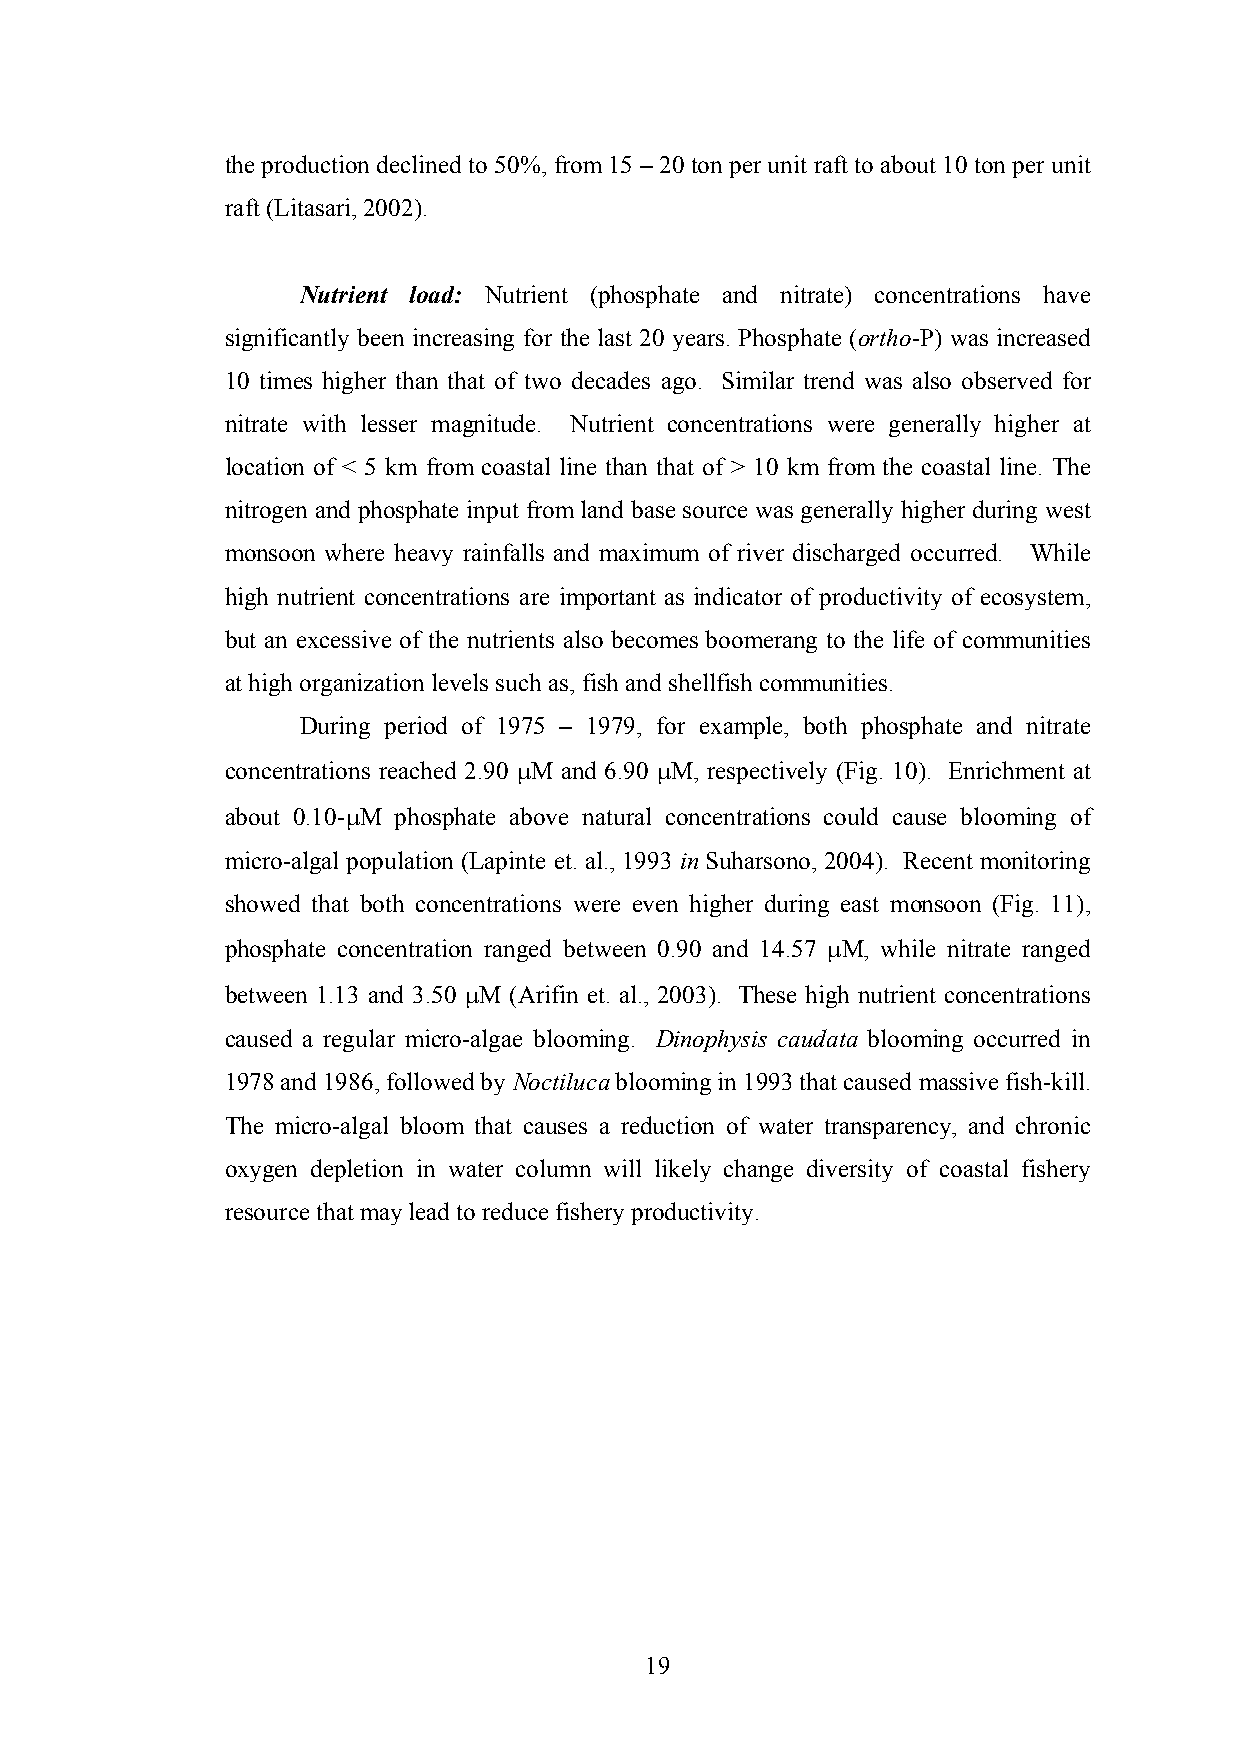
the production declined to 50%, from 15 – 20 ton per unit raft to about 10 ton per unit
 raft (Litasari, 2002).
 Nutrient load: Nutrient (phosphate and nitrate) concentrations have
 significantly been increasing for the last 20 years. Phosphate (ortho-P) was increased
 10 times higher than that of two decades ago. Similar trend was also observed for
 nitrate with lesser magnitude. Nutrient concentrations were generally higher at
 location of < 5 km from coastal line than that of > 10 km from the coastal line. The
 nitrogen and phosphate input from land base source was generally higher during west
 monsoon where heavy rainfalls and maximum of river discharged occurred. While
 high nutrient concentrations are important as indicator of productivity of ecosystem,
 but an excessive of the nutrients also becomes boomerang to the life of communities
 at high organization levels such as, fish and shellfish communities.
 During period of 1975 – 1979, for example, both phosphate and nitrate
 concentrations reached 2.90 µM and 6.90 µM, respectively (Fig. 10). Enrichment at
 about 0.10-µM phosphate above natural concentrations could cause blooming of
 micro-algal population (Lapinte et. al., 1993 in Suharsono, 2004). Recent monitoring
 showed that both concentrations were even higher during east monsoon (Fig. 11),
 phosphate concentration ranged between 0.90 and 14.57 µM, while nitrate ranged
 between 1.13 and 3.50 µM (Arifin et. al., 2003). These high nutrient concentrations
 caused a regular micro-algae blooming. Dinophysis caudata blooming occurred in
 1978 and 1986, followed by Noctiluca blooming in 1993 that caused massive fish-kill.
 The micro-algal bloom that causes a reduction of water transparency, and chronic
 oxygen depletion in water column will likely change diversity of coastal fishery
 resource that may lead to reduce fishery productivity.
 19